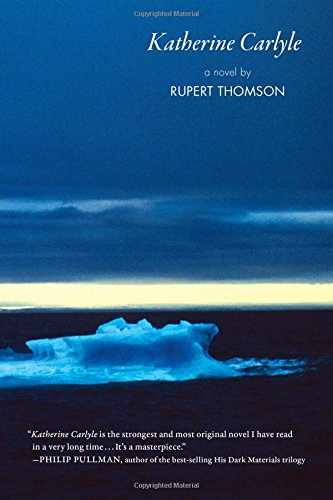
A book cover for Katherine Carlyle; Rupert Thomson; Literature & Fiction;